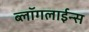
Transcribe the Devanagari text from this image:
ब्लॉगलाईन्स